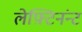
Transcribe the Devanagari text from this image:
लेफ़्टिनंन्ट